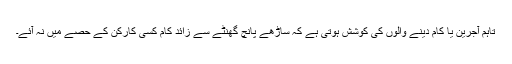
تاہم آجرین یا کام دینے والوں کی کوشش ہوتی ہے کہ ساڑھے پانچ گھنٹے سے زائد کام کسی کارکن کے حصے میں نہ آئے۔